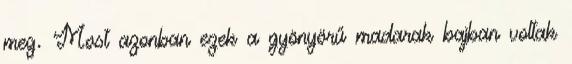
meg. Most azonban ezek a gyönyörű madarak bajban voltak